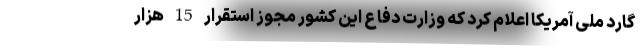
گارد ملی آمریکا اعلام کرد که وزارت دفاع این کشور مجوز استقرار 15 هزار